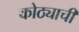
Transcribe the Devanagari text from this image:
कोठ्याची